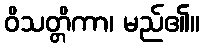
ဝိသတ္တိကာ၊ မည်၏။